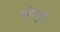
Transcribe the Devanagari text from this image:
संभृष्टं